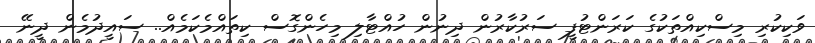
ވަކިކުރި މިސްކިއްތަކުގެ ކަރަންޓުފީ ސަރުކާރުން ދިނުން ހުއްޓާލި މިހެންގޮސް ކިތައްމެކަމެއް.. ސައީދުމެން ދީނޭ